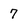
Character: 7